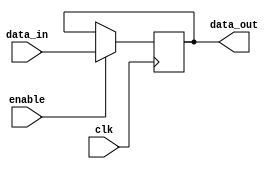
module gated_latch (
  input data_in,
  input enable,
  input clk,
  output reg data_out
);

always @ (posedge clk) begin
  if (enable) begin
    data_out <= data_in;
  end
end

endmodule